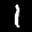
Label: 1